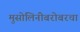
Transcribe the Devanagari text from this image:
मुसोलिनीबरोबरचा